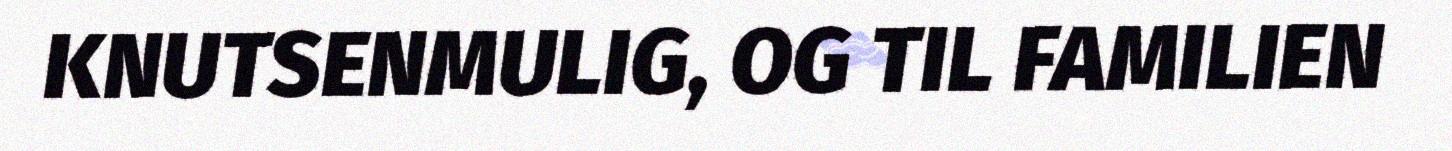
KNUTSENMULIG, OG TIL FAMILIEN